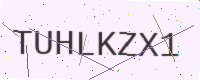
Text: TUHLKZX1